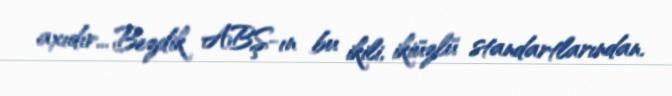
axıdır... Bezdik ABŞ-ın bu ikili, ikiüzlü standartlarından.